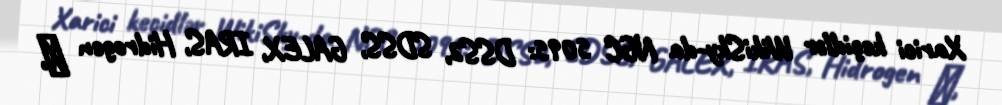
Xarici keçidlər WikiSky-da NGC 5095: DSS2, SDSS, GALEX, IRAS, Hidrogen α,